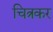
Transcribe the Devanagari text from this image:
चित्रकर